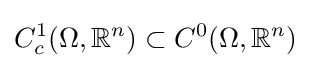
C_{c}^{1}(\Omega ,\mathbb {R} ^{n})\subset C^{0}(\Omega ,\mathbb {R} ^{n})